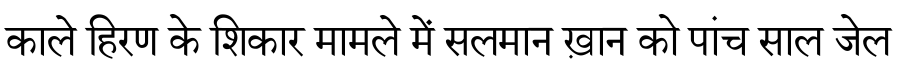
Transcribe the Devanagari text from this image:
काले हिरण के शिकार मामले में सलमान ख़ान को पांच साल जेल